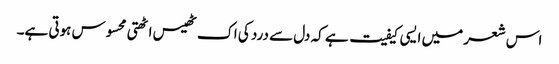
اس شعر میں ایسی کیفیت ہے کہ دل سے درد کی اک ٹھیس اٹھتی محسوس ہوتی ہے۔